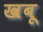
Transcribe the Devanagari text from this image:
खबू